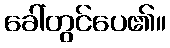
ခေါ်တွင်ပေ၏။